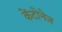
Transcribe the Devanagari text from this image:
केंटोनेज